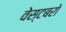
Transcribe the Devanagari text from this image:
वेस्टबरो